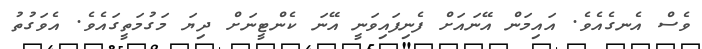
ވެސް އެނގެއެވެ. އައިމަން އޭނައަށް ފެނިފައިވަނީ އޭނަ ކެންޓީނަށް ދިޔަ މަގުމަތީގައެވެ. އެވަގުތު